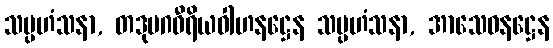
သမ္ပဟံသနာ, တဒုပဂဝီရိယဝါဟနဋ္ဌေန သမ္ပဟံသနာ, အာသေဝနဋ္ဌေန